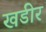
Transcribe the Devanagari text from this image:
खडीर